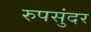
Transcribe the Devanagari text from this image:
रुपसुंदर